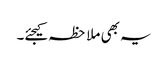
یہ بھی ملاحظہ کیجئے۔